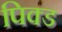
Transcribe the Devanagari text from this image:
पिक्ड